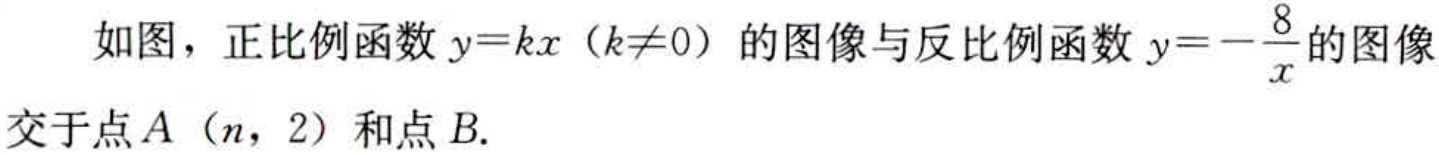
如图，正比例函数\(y = kx(k\neq0)\)的图像与反比例函数\(y = -\dfrac{8}{x}\)的图像交于点\(A(n,2)\)和点\(B\).